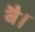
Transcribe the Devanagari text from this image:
बै।